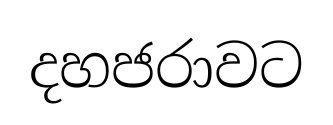
දහජරාවට